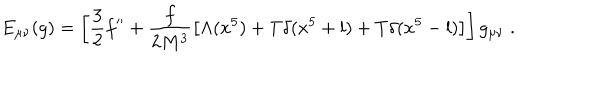
E _ { \mu \nu } ( g ) = \left[ \frac { 3 } { 2 } f ^ { \prime \prime } + \frac { f } { 2 M ^ { 3 } } \left[ \Lambda ( x ^ { 5 } ) + T \delta ( x ^ { 5 } + l ) + T \delta ( x ^ { 5 } - l ) \right] \right] g _ { \mu \nu } \; .